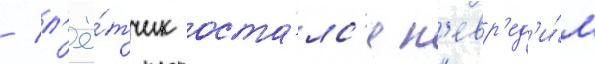
/ л'ё́тчик оста́лс'я н'евр'ед'и́м